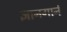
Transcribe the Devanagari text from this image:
ज्ञानगानं